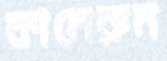
কামেরুন